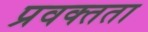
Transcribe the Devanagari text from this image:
प्रवक्तता